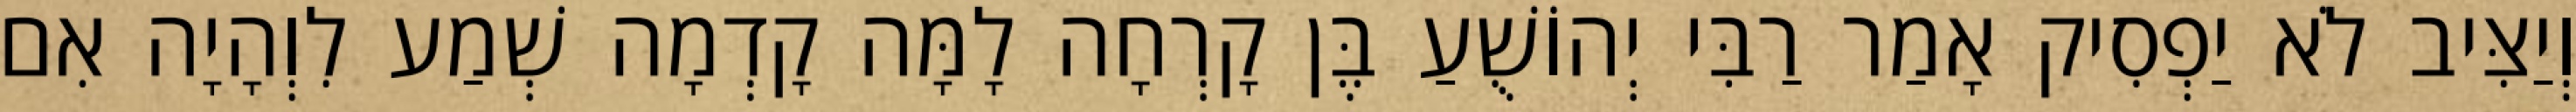
וְיַצִּיב לֹא יַפְסִיק אָמַר רַבִּי יְהוֹשֻׁעַ בֶּן קָרְחָה לָמָּה קָדְמָה שְׁמַע לִוְהָיָה אִם